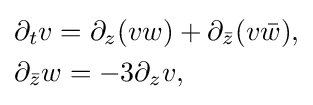
{\begin{aligned}&\partial _{t}v=\partial _{z}(vw)+\partial _{\bar {z}}(v{\bar {w}}),\\&\partial _{\bar {z}}w=-3\partial _{z}v,\end{aligned}}